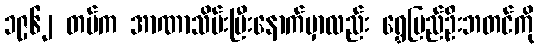
၁၉၆၂ တပ်က အာဏာသိမ်းပြီးနောက်မှာလည်း ရွှေပြည်ဦးဘတင်ကို